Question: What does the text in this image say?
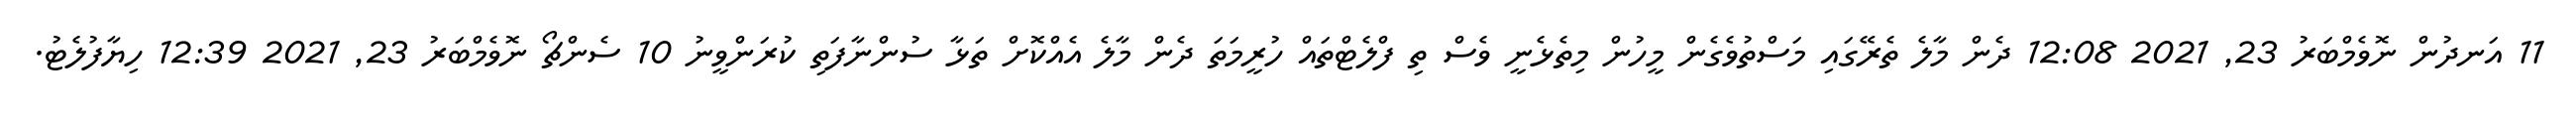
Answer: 11 އަނދުން ނޮވެމްބަރު 23, 2021 12:08 ދެން މާލެ ތެރޭގައި މަސްތުވެގެން މީހުން މިތެޅެނީ ވެސް ތި ފްލެޓްތައް ހުރީމަތަ ދެން މާލެ އެއްކޮށް ތަޅާ ސުންނާފަތި ކުރަންވީނު 10 ސެންޗޯ ނޮވެމްބަރު 23, 2021 12:39 ހިޔާފުލެޓު.